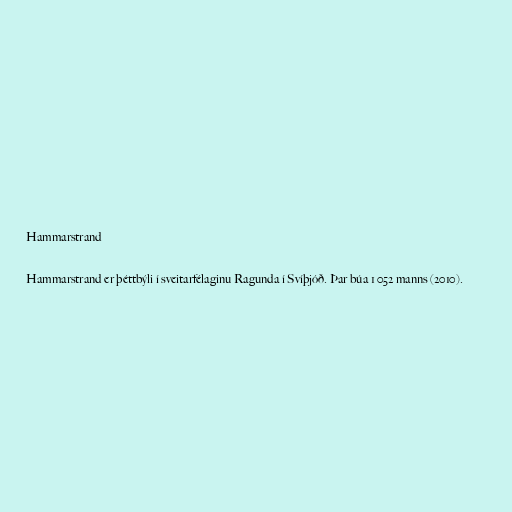
Hammarstrand

Hammarstrand er þéttbýli í sveitarfélaginu Ragunda í Svíþjóð. Þar búa 1 052 manns (2010).